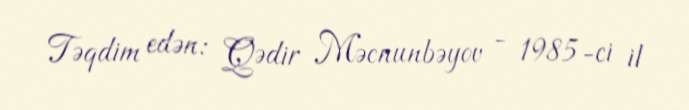
Təqdim edən: Qədir Məcnunbəyov - 1985-ci il